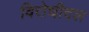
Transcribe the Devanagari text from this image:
विरोधीदल